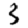
Digit: 3